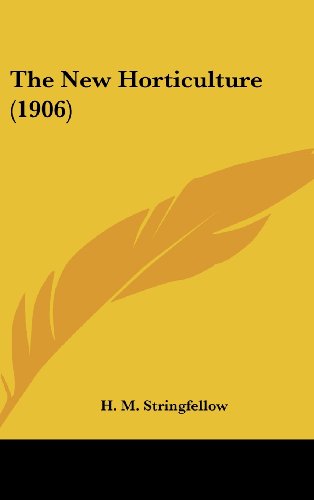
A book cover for The New Horticulture (1906); H. M. Stringfellow; Law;